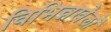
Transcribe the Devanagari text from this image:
विभिन्नखेलों